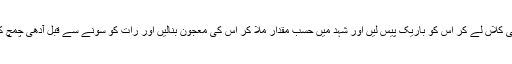
آدھا تولہ ملٹھی‘ آدھا تولہ لونگ‘ آدھا تولہ دارچینی‘ آدھا تولہ فلفل دراز اور آدھا تولہ الائچی کلاں لے کر اس کو باریک پیس لیں اور شہد میں حسب مقدار ملا کر اس کی معجون بنالیں اور رات کو سونے سے قبل آدھی چمچ کھانے سے انشاء اﷲ تعالیٰ کھانسی ‘ نزلہ و زکام اور بخار کی حدت میں کمی واقع ہوگی۔